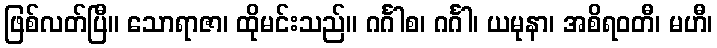
ဖြစ်လတ်ပြီ။ သောရာဇာ၊ ထိုမင်းသည်။ ဂင်္ဂါစ၊ ဂင်္ဂါ၊ ယမုနာ၊ အစိရဝတီ၊ မဟီ၊